Civil Veterinary Department. United Provinces 1932-42 - 1932-1942
Year: 1932
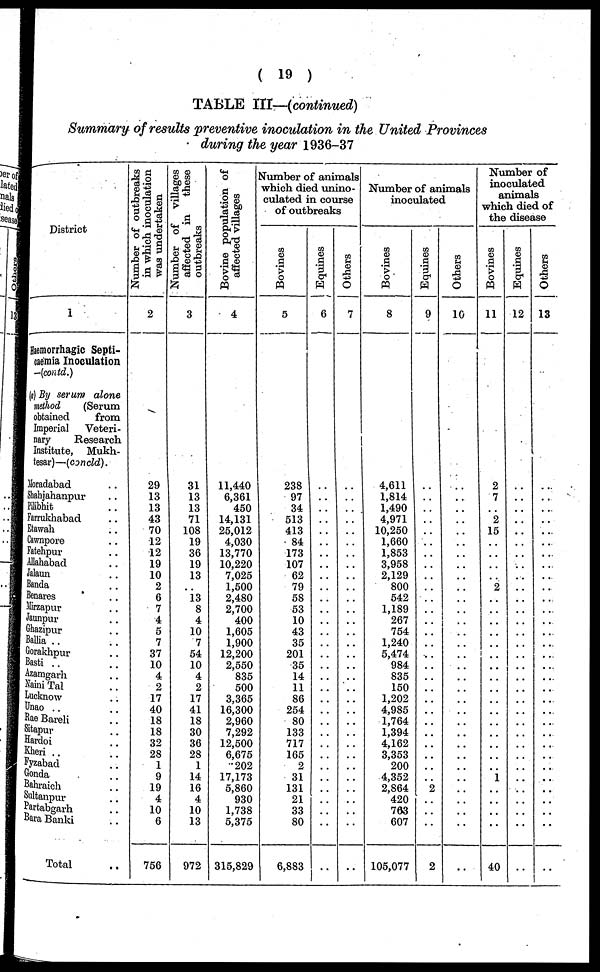
(19)
TABLE III—(continued)
Summary of results preventive inoculation in the United Provinces
during the year 1936-37
District
1
Haemorrhagic Septi-
caemia Inoculation
-(contd.)
(a) By serum
alone
method
(Serum
obtained
from
Imperial
Veteri-
nary
Research
Institute, Mukh-
tesar)—(concld).
Moradabad ..
Shahjahanpur ..
Pilibhit ..
Farrukhabad ..
Etawah ..
Cawnpore ..
Fatehpur ..
Allahabad ..
Jalaun ..
Banda ..
Benares ..
Mirzapur ..
Jaunpur ..
Ghazipur ..
Ballia .. ..
Gorakhpur ..
Basti .. ..
Azamgarh ..
Naini Tal ..
Lucknow ..
Unao .. ..
Rae Bareli ..
Sitapur ..
Hardoi ..
Kheri ..
..
Fyzabad ..
Gonda ..
Bahraich ..
Sultanpur ..
Partabgarh ..
Bara Banki ..
Total ..
Number of outbreaks
in which inoculation
was undertaken
2
29
13
13
43
70
12
12
19
10
2
6
7
4
5
7
37
10
4
2
17
40
18
18
32
28
1
9
19
4
10
6
756
Number of villages
affected in
these
outbreaks
3
31
13
13
71
108
19
36
19
13
13 8
4
10
7
54
10
4
2
17
41
18
30
36
28
1
14
16
4
10
13
972
Bovine population of
affected villages
4
11,440
6,361
450
14,131
25,012
4,030
13,770
10,220
7,025
1,500
2,480
2,700
400
1,605
1,900
12,200
2,550
835
500
3,365
16,300
2,960
7,292
12,500
6,675
202
17,173
5,860
930
1,738
5,375
315,829
Number of animals
which died unino-
culated in course
of outbreaks
Bovines
5
238
97
34
513
413
84
173
107
62
79
58
53
10
43
35
201
35
14
11
86
254
80
133
717
165
2
31
131
21
33
80
6,883
Equines
6
..
..
..
..
..
..
..
..
..
..
..
..
..
..
..
..
..
..
..
..
..
..
..
..
..
..
..
..
..
..
..
..
Others
7
..
..
..
..
..
..
..
..
..
..
..
..
..
..
..
..
..
..
..
..
..
..
..
..
..
..
..
..
..
..
..
..
Number of animals
inoculated
Bovines
8
4,611
1,814
1,490
4,971
10,250
1,660
1,853
3,958
2,129
800
542
1,189
267
754
1,240
5,474
984
835
150
1,202
4,985
1,764
1,394
4,162
3,353
200
4,352
2,864
420
763
607
105,077
Equines
|
9
..
..
..
..
..
..
..
..
..
..
..
..
..
..
..
..
..
..
..
..
..
..
..
..
..
..
..
2
..
..
..
2
Others
10
..
..
..
..
..
..
..
..
..
..
..
..
..
..
..
..
..
..
..
..
..
..
..
..
..
..
..
..
..
..
..
..
Number of
inoculated
animals
which died of
the disease
Bovines
11
2
7
..
2
15
..
..
..
..
2
..
..
..
..
..
..
..
..
..
..
..
..
..
..
..
..
1
..
..
..
..
40
Equines
12
..
..
..
..
..
..
..
..
..
..
..
..
..
..
..
..
..
..
..
..
..
..
..
..
..
..
..
..
..
..
..
..
Others
13
..
..
..
..
..
..
..
..
..
..
..
..
..
..
..
..
..
..
..
..
..
..
..
..
..
..
..
..
..
..
..
..